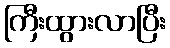
ကြီးထွားလာပြီး